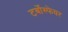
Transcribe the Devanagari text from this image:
टर्बोस्फेयर